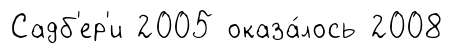
Садб'ер'и 2005 оказа́лось 2008